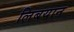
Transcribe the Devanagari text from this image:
लिबयान